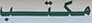
مكتب